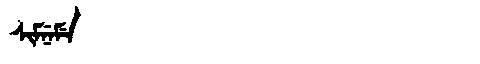
Manchu: ᠰᡳᠮᠨᡝᠮᡝ
Romanization: SIMNEME